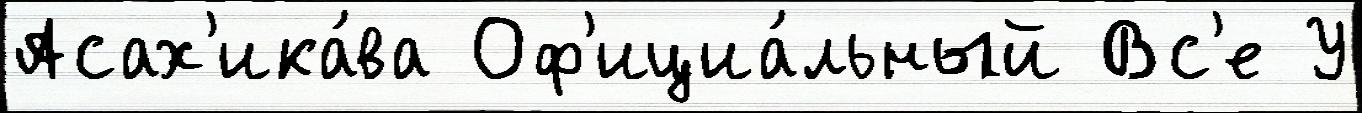
Асах'ика́ва Оф'ициа́льный Вс'е У